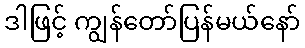
ဒါဖြင့် ကျွန်တော်ပြန်မယ်နော်